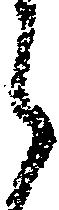
郎